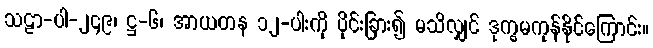
သဠာ-ပါ-၂၄၉၊ ဋ္ဌ-၆၊ အာယတန ၁၂-ပါးကို ပိုင်းခြား၍ မသိလျှင် ဒုက္ခမကုန်နိုင်ကြောင်း။